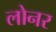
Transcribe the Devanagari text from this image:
लोनर